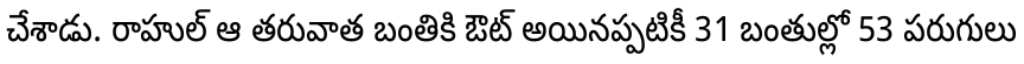
చేశాడు. రాహుల్ ఆ తరువాత బంతికి ఔట్ అయినప్పటికీ 31 బంతుల్లో 53 పరుగులు